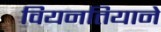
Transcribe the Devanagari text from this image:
वियनतियाने